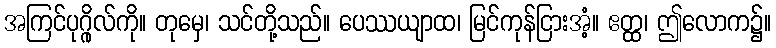
အကြင်ပုဂ္ဂိုလ်ကို။ တုမှေ၊ သင်တို့သည်။ ပေဿယျာထ၊ မြင်ကုန်ငြားအံ့။ ဧတ္ထ၊ ဤလောက၌။